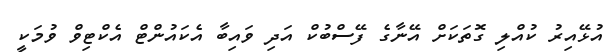
އުޅޭއިރު ކުއްލި ގޮތަކަށް އޭނާގެ ފޭސްބުކް އަދި ވައިބާ އެކައުންޓް އެކްޓިވް ވުމަކީ